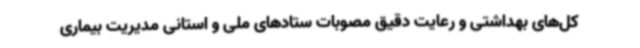
کل‌های بهداشتی و رعایت دقیق مصوبات ستادهای ملی و استانی مدیریت بیماری